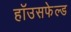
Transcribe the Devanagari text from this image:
हॉउसफेल्ड